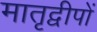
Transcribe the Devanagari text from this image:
मातृद्वीपों